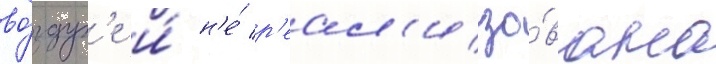
во́здух'е и́ н'е́ р'еал'изо́вана